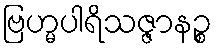
ဗြဟ္မပါရိသဇ္ဇာနဉ္စ